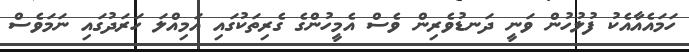
ހަމައެއާއެކު ފުލުހުން ވަނީ ދަނޑުވެރިން ވެސް އެމީހުންގެ ގެރިތަކުގައި އަމިއްލަ ހަރަދުގައި ނަމަވެސް